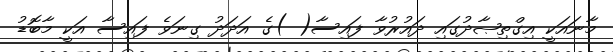
މާނައަކީ އިގްތިޞާދުގައި ދައުރުވާ ފައިސާ( )ގެ އަދަދު ގިނަވެ ފައިސާ އަކީ މާބޮޑު